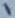
Text: 1